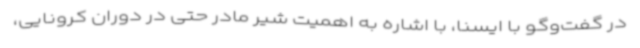
در گفت‌وگو با ایسنا، با اشاره به اهمیت شیر مادر حتی در دوران کرونایی،